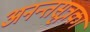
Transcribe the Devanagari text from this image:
अनन्तसूत्रका